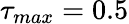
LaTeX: \tau_{max}=0.5